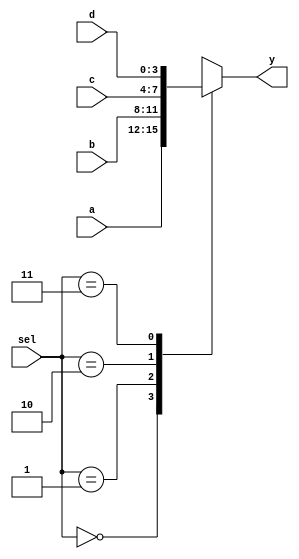
`timescale 1ns / 1ps


module mux4_1(sel,a,b,c,d,y);
    input[1:0] sel;
    input[3:0] a,b,c,d;
    output reg[3:0] y;
    
    always@(*) begin
        case(sel)
            0 : y = a;
            1 : y = b;
            2 : y = c;
            3 : y = d;
            default y = 4'bx;
        endcase
    end
endmodule